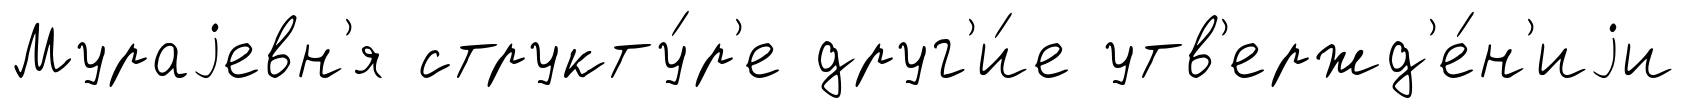
Мураjевн'я структу́р'е друг'и́е утв'ержд'е́н'иjи